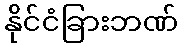
နိုင်ငံခြားဘဏ်